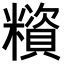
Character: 𥼻